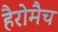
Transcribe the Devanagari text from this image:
हैरोमैच